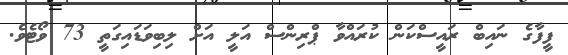
ފީފާގެ ނައިބް ރައީސްކަން ކުރައްވާ ޕްރިންސް އަލީ އަށް ލިބިވަޑައިގަތީ 73 ވޯޓެވެ.